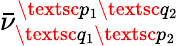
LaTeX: \bar{\nu}_{\textsc{q}_{1}\textsc{p}_{2}}^{\textsc{p}_{1}\textsc{q}_{2}}